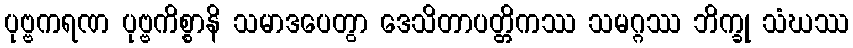
ပုဗ္ဗကရဏ ပုဗ္ဗကိစ္စာနိ သမာဒပေတွာ ဒေသိတာပတ္တိကဿ သမဂ္ဂဿ ဘိက္ခု သံဃဿ